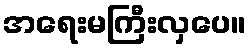
အရေးမကြီးလှပေ။